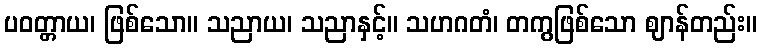
ပဝတ္တာယ၊ ဖြစ်သော။ သညာယ၊ သညာနှင့်။ သဟဂတံ၊ တကွဖြစ်သော ဈာန်တည်း။